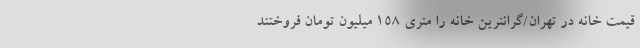
قیمت خانه‌ در تهران/گرانترین خانه را متری 158 میلیون تومان فروختند